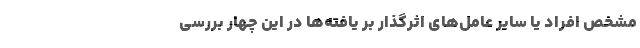
مشخص افراد یا سایر عامل‌های اثرگذار بر یافته‌ها در این چهار بررسی